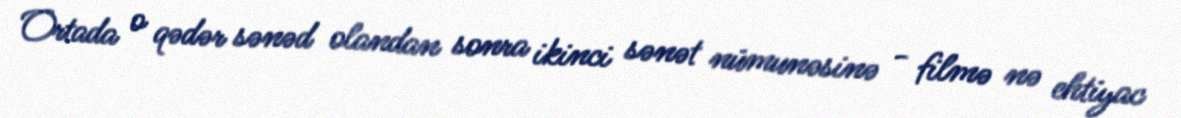
Ortada o qədər sənəd olandan sonra ikinci sənət nümunəsinə - filmə nə ehtiyac